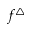
f ^ { \triangle }